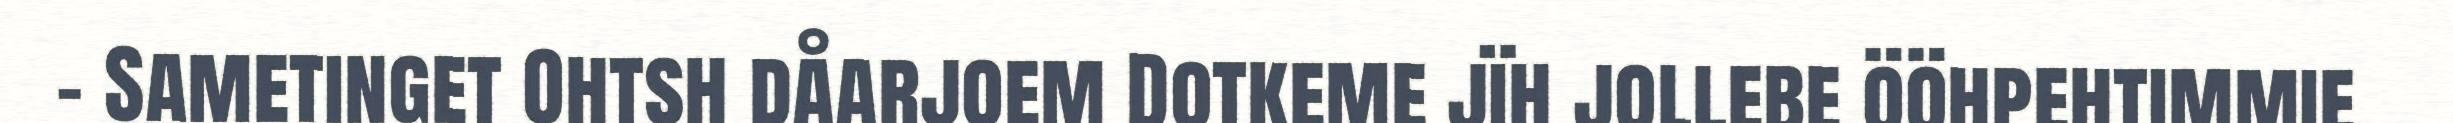
- Sametinget Ohtsh dåarjoem Dotkeme jïh jollebe ööhpehtimmie